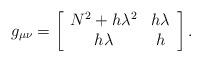
LaTeX: \begin{align*}g_{\mu\nu} = \left[ \begin{array}{cc} N^{2} + h\lambda^{2} & h\lambda \\ h \lambda & h \end{array} \right].\end{align*}